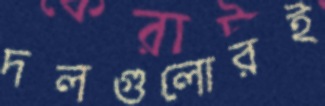
দলগুলোরই